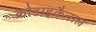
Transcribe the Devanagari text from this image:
कोडाइकैनाल